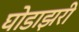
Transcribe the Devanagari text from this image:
घोडाझरी